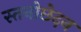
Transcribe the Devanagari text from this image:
स्तनोछेदन